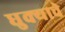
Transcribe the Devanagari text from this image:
धुक्याचे